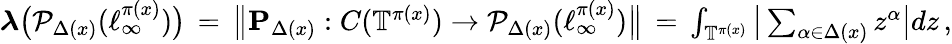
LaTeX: \begin{array}{r}{\boldsymbol{\lambda}\big(\mathcal{P}_{\Delta(x)}(\ell_{\infty}^{\pi(x)})\big)\, =\, \big\| \mathbf{P}_{\Delta(x)}:C(\mathbb{T}^{\pi(x)})\rightarrow\mathcal{P}_{\Delta(x)}(\ell_{\infty}^{\pi(x)})\big\| \, =\, \int_{\mathbb{T}^{\pi(x)}}\big|\sum_{\alpha\in\Delta(x)}z^{\alpha}\big|dz\, ,}\end{array}